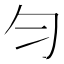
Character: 匀